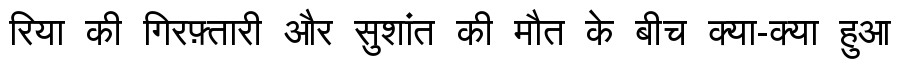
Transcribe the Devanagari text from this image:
रिया की गिरफ़्तारी और सुशांत की मौत के बीच क्या-क्या हुआ